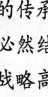
(2)你认为怎样才能实现中国的和平发展?